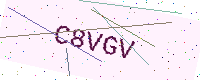
Text: C8VGV